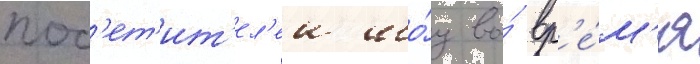
пос'ет'ит'ел'еи шо́у во́ вр'е́м'я